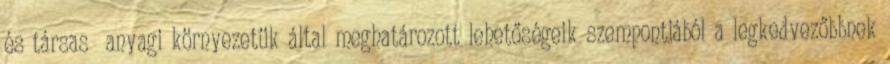
és társas anyagi környezetük által meghatározott lehetőségeik szempontjából a legkedvezőbbnek